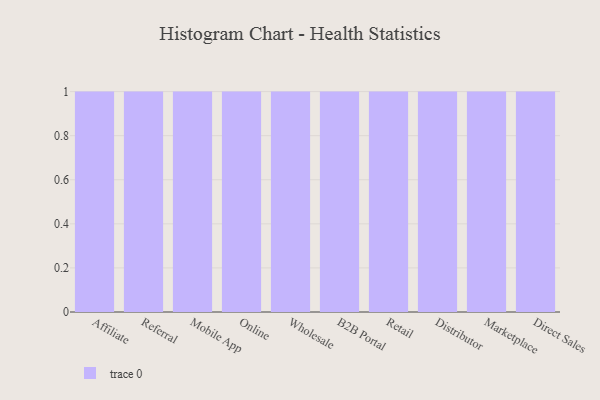
{"axis": {"x": "Channel", "y": "Conversion Rate (%)"}, "legend": [""], "data": [{"x": "Affiliate", "y": 46, "type": ""}, {"x": "Referral", "y": 59, "type": ""}, {"x": "Mobile App", "y": 60, "type": ""}, {"x": "Online", "y": 82, "type": ""}, {"x": "Wholesale", "y": 59, "type": ""}, {"x": "B2B Portal", "y": 60, "type": ""}, {"x": "Retail", "y": 26, "type": ""}, {"x": "Distributor", "y": 42, "type": ""}, {"x": "Marketplace", "y": 33, "type": ""}, {"x": "Direct Sales", "y": 89, "type": ""}]}